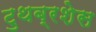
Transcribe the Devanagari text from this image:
टुथब्रशेस